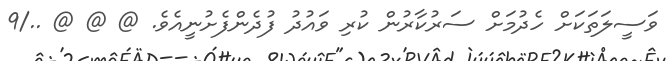
ވަސީލަތަކަށް ހެދުމަށް ސަރުކާރުން ކުރި ވައުދު ފުދެންފެށުނީއެވެ. @ @ @ ../9